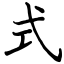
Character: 式